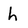
Character: h